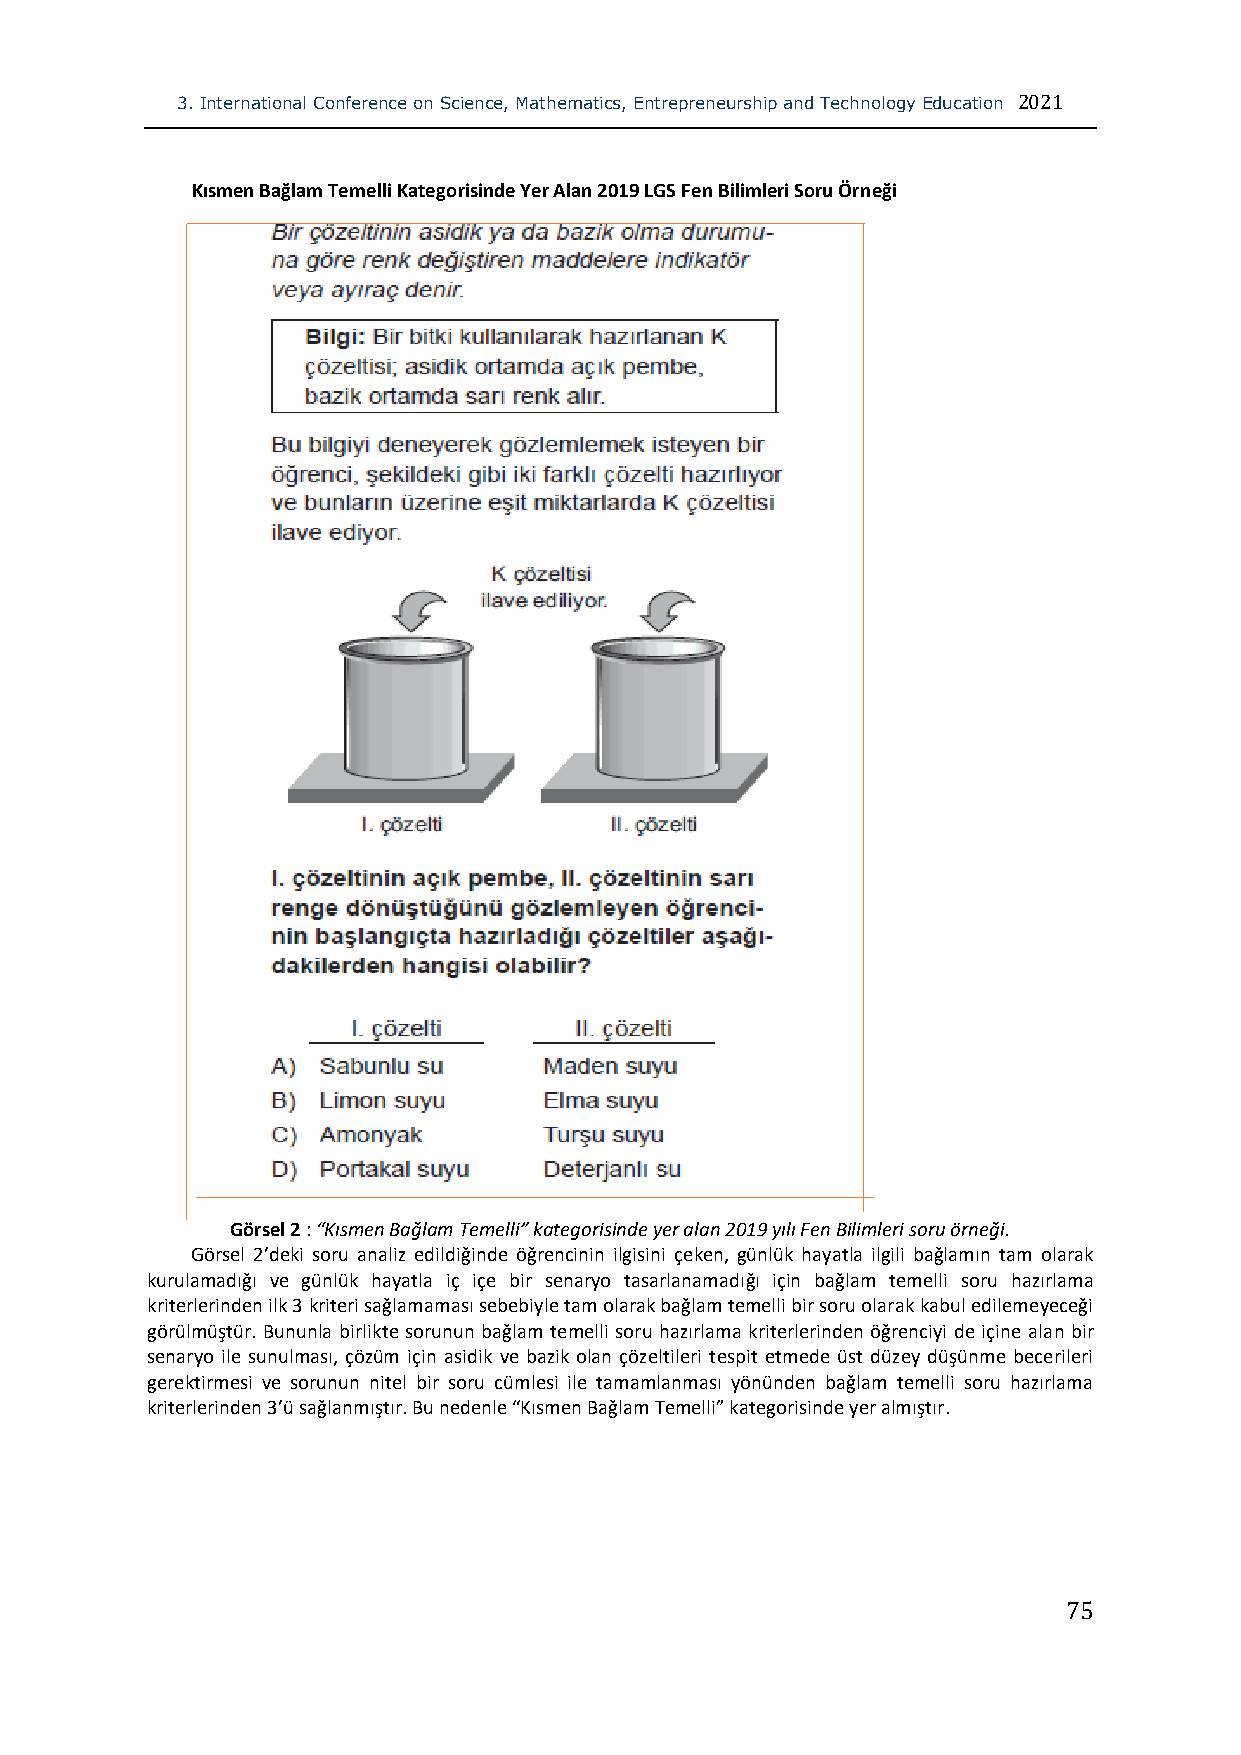
3. International Conference on Science, Mathematics, Entrepreneurship and Technology Education 2021
 Kısmen Bağlam Temelli Kategorisinde Yer Alan 2019 LGS Fen Bilimleri Soru Örneği
 Görsel 2 : “Kısmen Bağlam Temelli” kategorisinde yer alan 2019 yılı Fen Bilimleri soru örneği.
 Görsel 2’deki soru analiz edildiğinde öğrencinin ilgisini çeken, günlük hayatla ilgili bağlamın tam olarak
 kurulamadığı ve günlük hayatla iç içe bir senaryo tasarlanamadığı için bağlam temelli soru hazırlama
 kriterlerinden ilk 3 kriteri sağlamaması sebebiyle tam olarak bağlam temelli bir soru olarak kabul edilemeyeceği
 görülmüştür. Bununla birlikte sorunun bağlam temelli soru hazırlama kriterlerinden öğrenciyi de içine alan bir
 senaryo ile sunulması, çözüm için asidik ve bazik olan çözeltileri tespit etmede üst düzey düşünme becerileri
 gerektirmesi ve sorunun nitel bir soru cümlesi ile tamamlanması yönünden bağlam temelli soru hazırlama
 kriterlerinden 3’ü sağlanmıştır. Bu nedenle “Kısmen Bağlam Temelli” kategorisinde yer almıştır.
 75